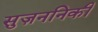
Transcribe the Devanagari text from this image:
सुज़ननिकी